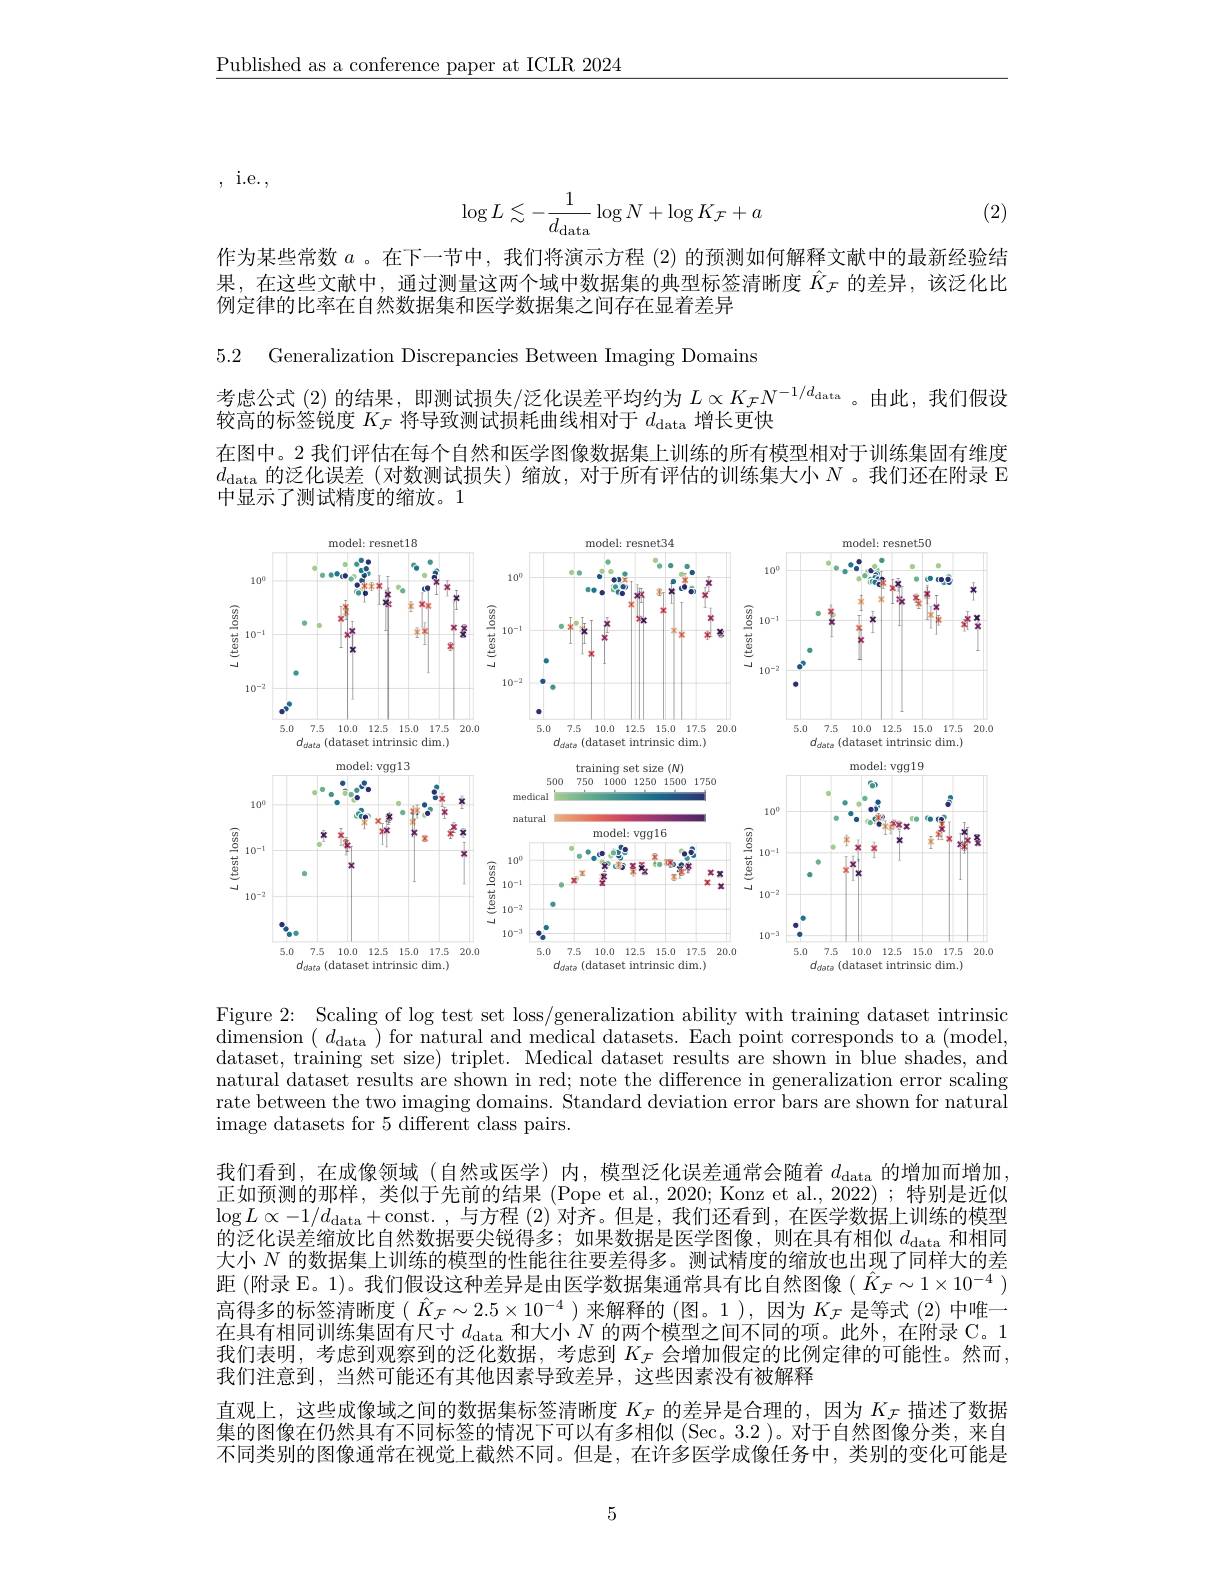
$\underline{\text{Published as a conference paper at ICLR 2024}}$

,i.e.,

(2)
$$\log L\lesssim-\frac{1}{d_\text{data}}\log N+\log K_{\mathcal{F}}+a$$
作为某些常数$a$ 。在下一节中，我们将演示方程 (2) 的预测如何解释文献中的最新经验结果，在这些文献中，通过测量这两个域中数据集的典型标签清晰度$\hat{K}_{\mathcal{F}}$的差异，该泛化比例定律的比率在自然数据集和医学数据集之间存在显着差异

5.2 Generalization Discrepancies Between Imaging Domains

考虑公式 (2) 的结果，即测试损失/泛化误差平均约为$L\propto K_{\mathcal{F}}N^{-1/d_{\mathrm{data}}}$。由此，我们假设
较高的标签锐度$K_\mathcal{F}$将导致测试损耗曲线相对于$d_\mathrm{data}$增长更快
在图中。2 我们评估在每个自然和医学图像数据集上训练的所有模型相对于训练集固有维度$d_{\mathrm{data}}$的泛化误差 (对数测试损失)缩放，对于所有评估的训练集大小$N$。我们还在附录 E 中显示了测试精度的缩放。1

<FigureHere>

Figure 2: Scaling of log test set loss/generalization ability with training dataset intrinsic dimension $(d_{\mathrm{data~}})$ for natural and medical datasets. Each point corresponds to a (model, dataset, training set size) triplet. Medical dataset results are shown in blue shades, and natural dataset results are shown in red; note the difference in generalization error scaling rate between the two imaging domains. Standard deviation error bars are shown for natural image datasets for 5 different class pairs.
我们看到，在成像领域(自然或医学)内，模型泛化误差通常会随着$d_\mathrm{data}$的增加而增加， 正如预测的那样，类似于先前的结果 (Pope et al., 2020; Konz et al., 2022) ; 特别是近似$\log L\propto-1/d_{\mathrm{data}}+$const. ,与方程 (2) 对齐。但是，我们还看到，在医学数据上训练的模型的泛化误差缩放比自然数据要尖锐得多；如果数据是医学图像，则在具有相似$d_\mathrm{data}$和相同大小$N$的数据集上训练的模型的性能往往要差得多。测试精度的缩放也出现了同样大的差距 (附录 E。1)。我们假设这种差异是由医学数据集通常具有比自然图像$(\hat{K}_{\mathcal{F}}\sim1\times10^{-4})$ 高得多的标签清晰度( $\hat{K}_{\mathcal{F}}\sim2.5\times10^{-4}$ )来解释的 (图。1 ),因为$K_\mathcal{F}$是等式 (2)中唯一在具有相同训练集固有尺寸$d_\mathrm{data}$和大小$N$的两个模型之间不同的项。此外，在附录 C。1我们表明，考虑到观察到的泛化数据，考虑到$K_{\mathcal{F}}$会增加假定的比例定律的可能性。然而， 我们注意到，当然可能还有其他因素导致差异，这些因素没有被解释
直观上，这些成像域之间的数据集标签清晰度$K_{\mathcal{F}}$的差异是合理的，因为$K_{\mathcal{F}}$描述了数据集的图像在仍然具有不同标签的情况下可以有多相似(Sec。3.2 )。对于自然图像分类，来自不同类别的图像通常在视觉上截然不同。但是，在许多医学成像任务中，类别的变化可能是

5